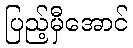
ပြည့်မှီအောင်